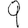
Digit: 9